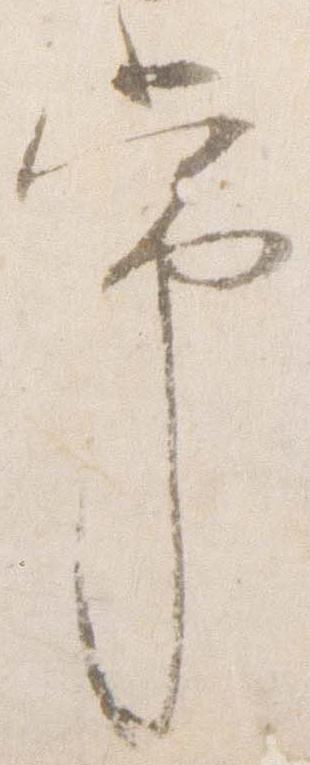
常